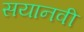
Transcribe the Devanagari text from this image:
सयानवी